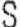
S